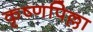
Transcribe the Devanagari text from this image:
कृष्णपिल्ला